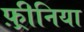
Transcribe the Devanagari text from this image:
फ़्रीनिया